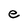
Character: e